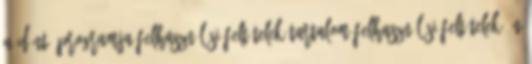
A döntő programja Felhasználási feltételek Tartalom felhasználási feltételek Ön